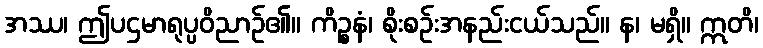
အဿ၊ ဤပဌမာရုပ္ပဝိညာဉ်၏။ ကိဉ္စနံ၊ စိုးစဉ်းအနည်းငယ်သည်။ န၊ မရှိ။ ဣတိ၊